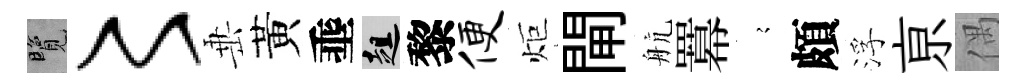
覽〻𡸁黃埀趄黎便炬閘航羃𡪹頗浮亰偶